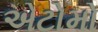
એટોમો